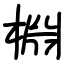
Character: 棩